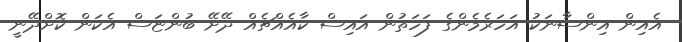
އެއިން އިންސާނަކު އަހަރެމެންގެ ފަހަތުން އައިސް ކާއެއްޗެއް ދޭށޭ ބުންޏަސް އެކަން ކޮށްދޭނީ